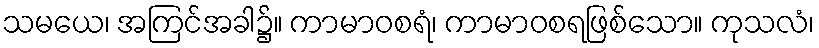
သမယေ၊ အကြင်အခါ၌။ ကာမာဝစရံ၊ ကာမာဝစရဖြစ်သော။ ကုသလံ၊